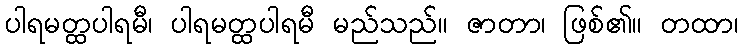
ပါရမတ္ထပါရမီ၊ ပါရမတ္ထပါရမီ မည်သည်။ ဇာတာ၊ ဖြစ်၏။ တထာ၊